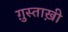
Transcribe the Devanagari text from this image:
ग़ुस्ताख़ी